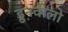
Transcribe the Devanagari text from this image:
ड्रुनवालो